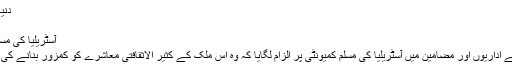
دنیا, 01 نومبر 2012
نومبر, 2012
آسٹریلیا کی مسلم کمیونٹی اور میڈیا
کئی اخبارات نے اپنے اداریوں اور مضامین میں آسٹریلیا کی مسلم کمیونٹی پر الزام لگایا کہ وہ اس ملک کے کثیر الاثقافتی معاشرے کو کمزور بنانے کی کوشش کررہے ہیں۔